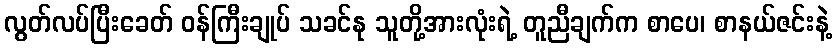
လွတ်လပ်ပြီးခေတ် ဝန်ကြီးချုပ် သခင်နု သူတို့အားလုံးရဲ့ တူညီချက်က စာပေ၊ စာနယ်ဇင်းနဲ့